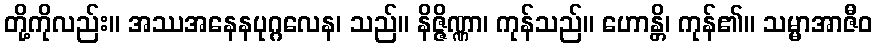
တို့ကိုလည်း။ အဿအနေနပုဂ္ဂလေန၊ သည်။ နိဇ္ဇိဏ္ဏာ၊ ကုန်သည်။ ဟောန္တိ၊ ကုန်၏။ သမ္မာအာဇီဝ